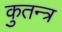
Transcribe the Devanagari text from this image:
कुतन्त्र